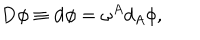
\mathbf { D } \phi \equiv \mathbf { d } \phi = \mathbf { \omega } ^ { A } d _ { A } \phi ,